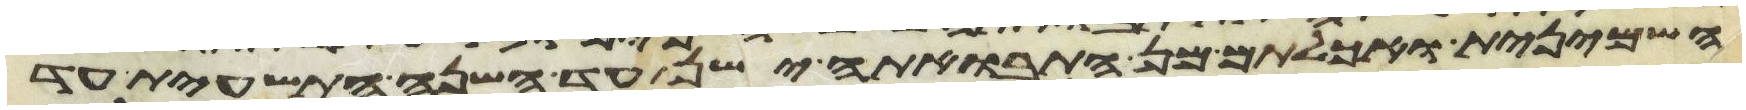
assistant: השמינית ואכלתם מן התבואתה ישן עד השנה התשעית עד